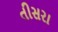
તીસરા